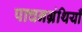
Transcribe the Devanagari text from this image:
पाचनग्रंथियाँ